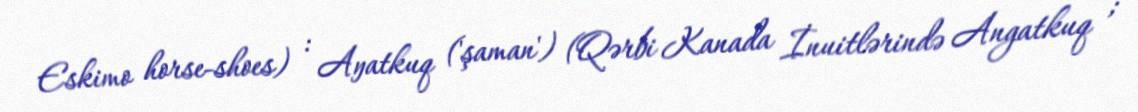
Eskimo horse-shoes) : Aŋatkuq ('şaman') (Qərbi Kanada İnuitlərində Angatkuq ;